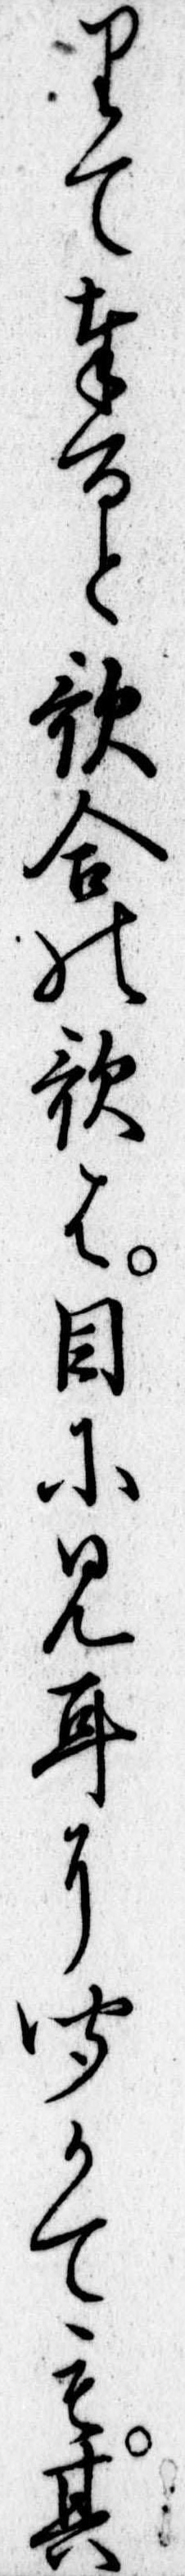
りて奉ると歌合の歌は目に見耳に聞かても其